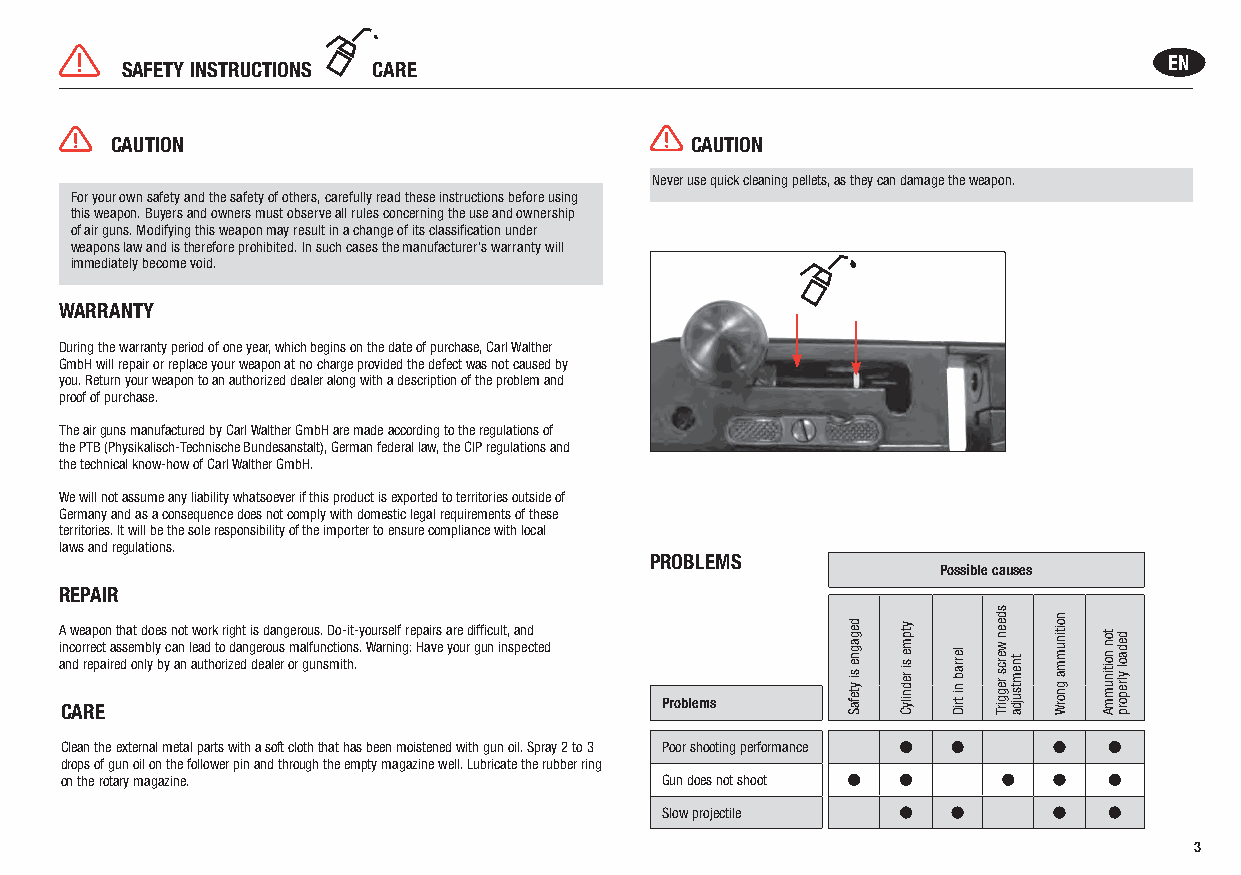
EN
 SAFETY INSTRUCTIONS CARE
 CAUTION                                CAUTION
 Never use quick cleaning pellets, as they can damage the weapon.
 For your own safety and the safety of others, carefully read these instructions before using
 this weapon. Buyers and owners must observe all rules concerning the use and ownership
 of air guns. Modifying this weapon may result in a change of its classification under
 weapons law and is therefore prohibited. In such cases the manufacturer‘s warranty will
 immediately become void.
 WARRANTY
 During the warranty period of one year, which begins on the date of purchase, Carl Walther
 GmbH will repair or replace your weapon at no charge provided the defect was not caused by
 you. Return your weapon to an authorized dealer along with a description of the problem and
 proof of purchase.
 The air guns manufactured by Carl Walther GmbH are made according to the regulations of
 the PTB (Physikalisch-Technische Bundesanstalt), German federal law, the CIP regulations and
 the technical know-how of Carl Walther GmbH.
 We will not assume any liability whatsoever if this product is exported to territories outside of
 Germany and as a consequence does not comply with domestic legal requirements of these
 territories. It will be the sole responsibility of the importer to ensure compliance with local
 laws and regulations.
 PROBLEMS
 Possible causes
 REPAIR
 A weapon that does not work right is dangerous. Do-it-yourself repairs are difficult, and
 incorrect assembly can lead to dangerous malfunctions. Warning: Have your gun inspected and repaired only by an authorized dealer or gunsmith.
 CARE                                    Problems
 Clean the external metal parts with a soft cloth that has been moistened with gun oil. Spray 2 to 3 Poor shooting performance
 drops of gun oil on the follower pin and through the empty magazine well. Lubricate the rubber ring
 on the rotary magazine.                 Gun does not shoot
 Slow projectile
 3
 degagne
 si
 ytefaS
 ytpme
 si
 rednilyC
 lerrab
 ni
 triD
 sdeen
 wercs
 reggirT
 tnemtsujda
 noitinumma
 gnorW
 ton
 noitinummA
 dedaol
 ylreporp